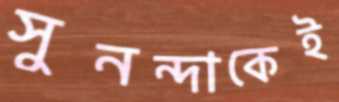
সুনন্দাকেই